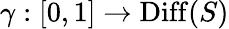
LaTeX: \gamma:[0,1]\to\operatorname{Diff}(S)